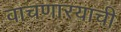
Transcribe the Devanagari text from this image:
वाचणारयाची